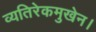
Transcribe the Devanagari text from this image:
व्यतिरेकमुखेन।